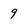
Character: 9